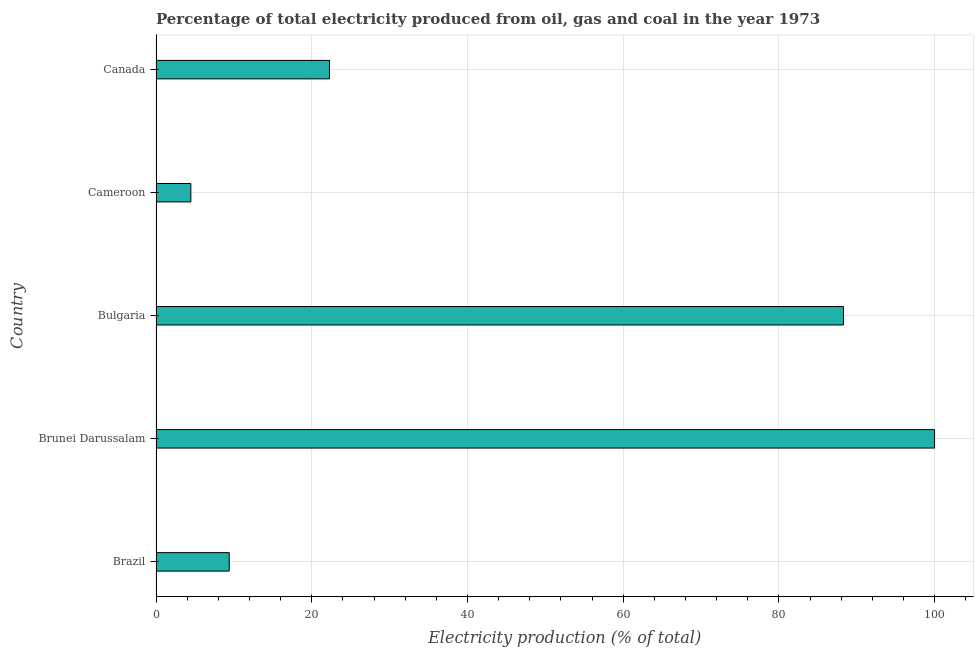
| Country | Electricity production |
 | --- | --- |
 | Brazil | 9.4 |
 | Brunei Darussalam | 100 |
 | Bulgaria | 88.3 |
 | Cameroon | 4.47 |
 | Canada | 22.3 |